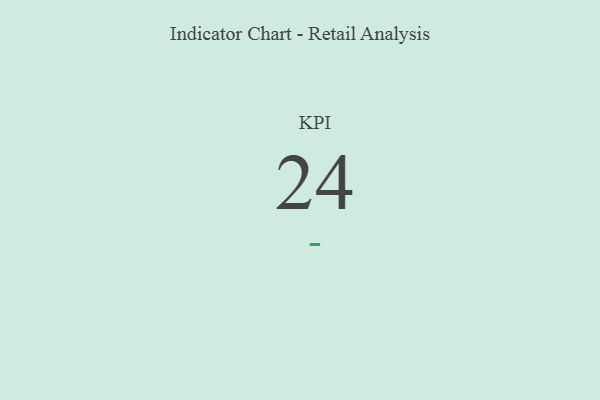
{"axis": {"x": "KPI", "y": "Value"}, "legend": [""], "data": [{"x": "KPI", "y": 24, "type": ""}]}